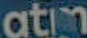
atm